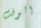
الوقت